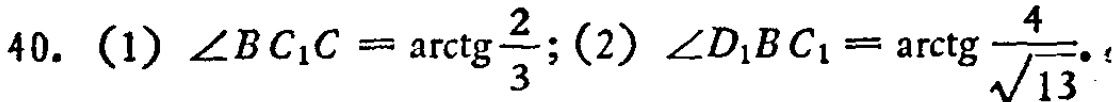
40. (1) \(\angle BC_{1}C = \arctan\frac{2}{3}\); (2) \(\angle D_{1}BC_{1} = \arctan\frac{4}{\sqrt{13}}\)